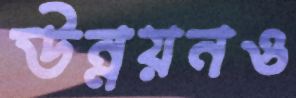
উন্নয়নও